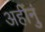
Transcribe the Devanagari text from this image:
अहींनुं